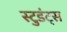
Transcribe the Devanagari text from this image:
स्टुडंट्‍स